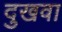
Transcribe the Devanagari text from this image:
दुखवा